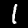
Digit: 1